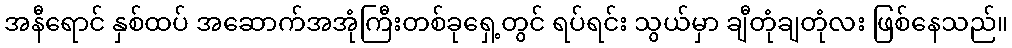
အနီရောင် နှစ်ထပ် အဆောက်အအုံကြီးတစ်ခုရှေ့တွင် ရပ်ရင်း သွယ်မှာ ချီတုံချတုံလး ဖြစ်နေသည်။